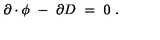
\partial \cdot \phi \ - \ \partial D \ = \ 0 \ .